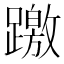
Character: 躈